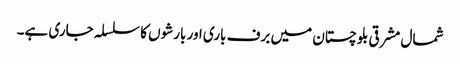
شمال مشرقی بلوچستان میں برف باری اور بارشوں کا سلسلہ جاری ہے۔